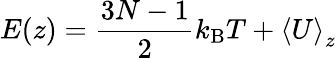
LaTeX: E(z)=\frac{3N-1}{2}k_{\mathrm{B}}T+\left<U\right>_{z}